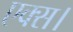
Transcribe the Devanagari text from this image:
एक्स।